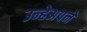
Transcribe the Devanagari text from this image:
उन्हेअपने